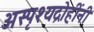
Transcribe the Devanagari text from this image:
अस्पृश्यद्रोहींनी